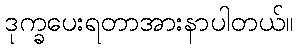
ဒုက္ခပေးရတာအားနာပါတယ်။